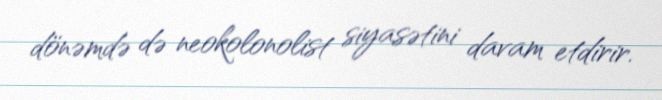
dönəmdə də neokolonolist siyasətini davam etdirir.